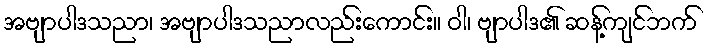
အဗျာပါဒသညာ၊ အဗျာပါဒသညာလည်းကောင်း။ ဝါ၊ ဗျာပါဒ၏ ဆန့်ကျင်ဘက်